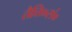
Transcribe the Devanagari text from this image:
तैत्ति०सं०